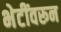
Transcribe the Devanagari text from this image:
भेटींवरून